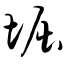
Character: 堀